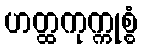
ဟတ္ထကုက္ကုစ္စံ